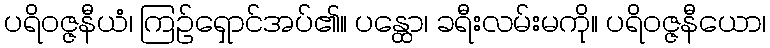
ပရိဝဇ္ဇနီယံ၊ ကြဉ်ရှောင်အပ်၏။ ပန္ထော၊ ခရီးလမ်းမကို။ ပရိဝဇ္ဇနီယော၊